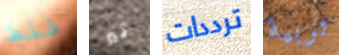
غلط تير ترددات تربية